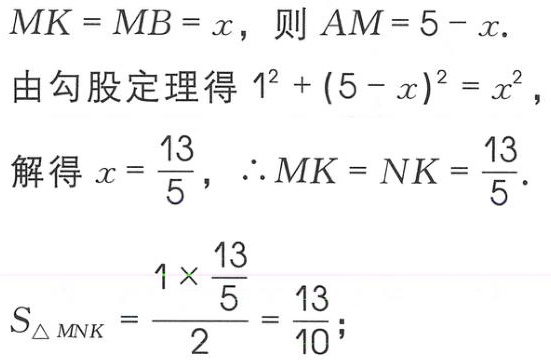
\[
\begin{align*}
&MK = MB = x，则AM = 5 - x.\\
&由勾股定理得1^{2}+(5 - x)^{2}=x^{2}，\\
&解得x = \frac{13}{5}，\therefore MK = NK = \frac{13}{5}.\\
&S_{\triangle MNK}=\frac{1\times\frac{13}{5}}{2}=\frac{13}{10};
\end{align*}
\]